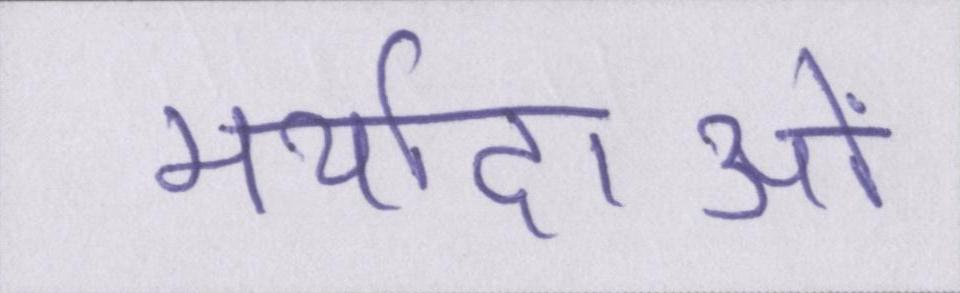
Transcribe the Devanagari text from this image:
मर्यादाओं